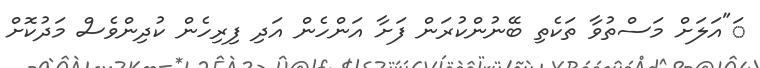
ަ"އަަލަށް މަސްތުވާ ތަކެތި ބޭނުންކުރަން ފަށާ އަންހެން އަދި ފިރިހެން ކުދިންވެސް މަދުކޮށް